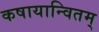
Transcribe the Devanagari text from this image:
कषायान्वितम्